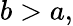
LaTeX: b>a,